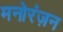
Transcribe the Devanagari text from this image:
मनोरंज़न